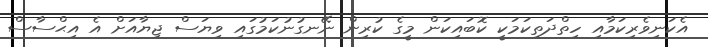
އެކަނިވެރިކަމާއި ހިތްދަތިކަމަކީ ކޮބައިކަން މީގެ ކުރިން ނޭނގުނުކަމުގައި ވިޔަސް ޖިޔާއަށް އެ އިޙްސާސް